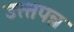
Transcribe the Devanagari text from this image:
उत्त्तपन्न